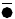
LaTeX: \bar{\bullet}